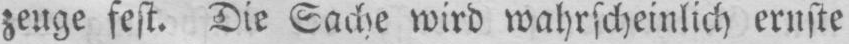
zeuge fest. Die Sache wird wahrscheinlich ernste